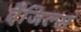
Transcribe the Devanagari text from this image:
ऐंजिल्‍स